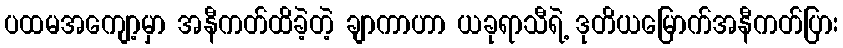
ပထမအကျော့မှာ အနီကတ်ထိခဲ့တဲ့ ချာကာဟာ ယခုရာသီရဲ့ ဒုတိယမြောက်အနီကတ်ပြား